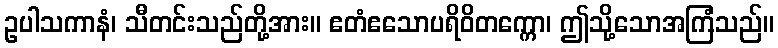
ဥပါသကာနံ၊ သီတင်းသည်တို့အား။ ဧတံဧသောပရိဝိတက္ကော၊ ဤသို့သောအကြံသည်။